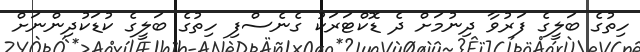
ހިތުގެ ބަލީގެ ފަރުވާ ދިނުމަށް ދެ ޑޮކްޓަރަކު ގެނެސްފި ހިތުގެ ބަލީގެ ކުޑަކުދިންނަށް